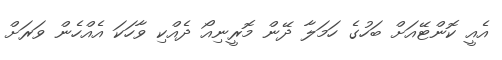
އެއީ ކޮންޓޭއަށް ބަހުގެ ހަމަލާ ދޭން މޮރީނިއޯ ދެއްކި ވާހަކަ އެއްހެން ވަރަށް